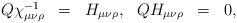
\begin{align*}\begin{array}{rclrcl} Q\chi^{-1}_{\mu\nu\rho} &=& H_{\mu\nu\rho},& QH_{\mu\nu\rho} &=& 0,\end{array}\end{align*}